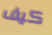
كيف